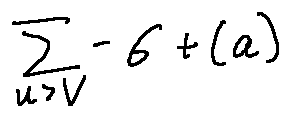
\sum \limits _ { u > v } - \sigma + ( a )